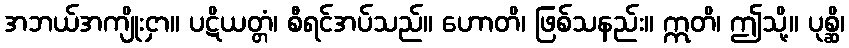
အဘယ်အကျိုးငှာ။ ပဋိယတ္တံ၊ စီရင်အပ်သည်။ ဟောတိ၊ ဖြစ်သနည်း။ ဣတိ၊ ဤသို့။ ပုစ္ဆိ၊